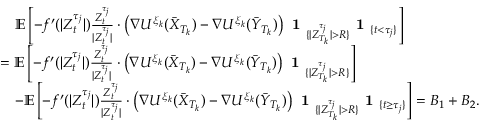
\begin{array} { r l } & { \quad \mathbb { E } \left[ - f ^ { \prime } ( | Z _ { t } ^ { \tau _ { j } } | ) \frac { Z _ { t } ^ { \tau _ { j } } } { | Z _ { t } ^ { \tau _ { j } } | } \cdot \left( \nabla U ^ { \xi _ { k } } ( \bar { X } _ { T _ { k } } ) - \nabla U ^ { \xi _ { k } } ( \bar { Y } _ { T _ { k } } ) \right) \textbf { 1 } _ { \{ | Z _ { T _ { k } } ^ { \tau _ { j } } | > R \} } \textbf { 1 } _ { \{ t < \tau _ { j } \} } \right] } \\ & { = \mathbb { E } \left[ - f ^ { \prime } ( | Z _ { t } ^ { \tau _ { j } } | ) \frac { Z _ { t } ^ { \tau _ { j } } } { | Z _ { t } ^ { \tau _ { j } } | } \cdot \left( \nabla U ^ { \xi _ { k } } ( \bar { X } _ { T _ { k } } ) - \nabla U ^ { \xi _ { k } } ( \bar { Y } _ { T _ { k } } ) \right) \textbf { 1 } _ { \{ | Z _ { T _ { k } } ^ { \tau _ { j } } | > R \} } \right] } \\ & { \quad - \mathbb { E } \left[ - f ^ { \prime } ( | Z _ { t } ^ { \tau _ { j } } | ) \frac { Z _ { t } ^ { \tau _ { j } } } { | Z _ { t } ^ { \tau _ { j } } | } \cdot \left( \nabla U ^ { \xi _ { k } } ( \bar { X } _ { T _ { k } } ) - \nabla U ^ { \xi _ { k } } ( \bar { Y } _ { T _ { k } } ) \right) \textbf { 1 } _ { \{ | Z _ { T _ { k } } ^ { \tau _ { j } } | > R \} } \textbf { 1 } _ { \{ t \geq \tau _ { j } \} } \right] = B _ { 1 } + B _ { 2 } . } \end{array}